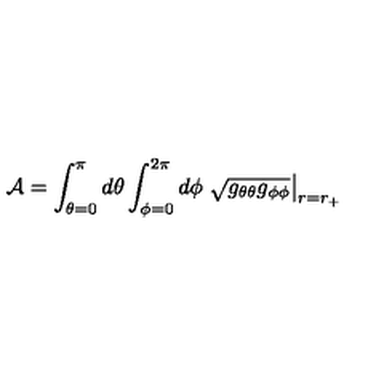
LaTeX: { \cal A } = \int _ { \theta = 0 } ^ { \pi } d \theta \int _ { \phi = 0 } ^ { 2 \pi } d \phi \left. \sqrt { g _ { \theta \theta } g _ { \phi \phi } } \right| _ { r = r _ { + } }